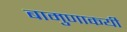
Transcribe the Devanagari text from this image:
बामुणाकयी